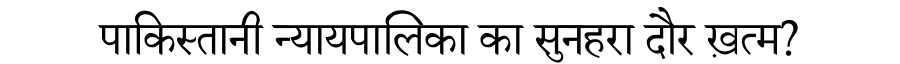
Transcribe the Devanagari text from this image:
पाकिस्तानी न्यायपालिका का सुनहरा दौर ख़त्म?